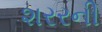
શરરની